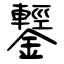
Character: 鑋